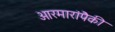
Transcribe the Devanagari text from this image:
आरमारांपैकी